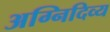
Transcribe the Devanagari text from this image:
अग्निदिव्य